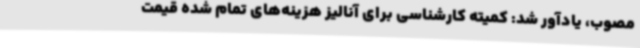
مصوب، یادآور شد: کمیته کارشناسی برای آنالیز هزینه‌های تمام شده قیمت